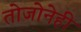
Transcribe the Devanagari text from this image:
तोजोनेही